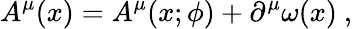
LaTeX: A^{\mu}(x)=A^{\mu}(x;\phi)+\partial^{\mu}\omega(x)\ ,